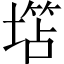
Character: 𱗲